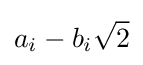
a_{i}-b_{i}{\sqrt {2}}